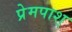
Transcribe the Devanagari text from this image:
प्रेमपाश्